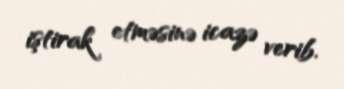
iştirak etməsinə icazə verib.